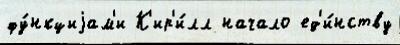
фу́нкциjам'и К'ир'и́лл начало ед'и́нству